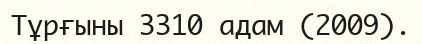
Тұрғыны 3310 адам (2009).